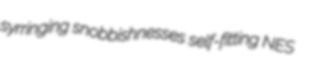
syrringing snobbishnesses self-fitting NES